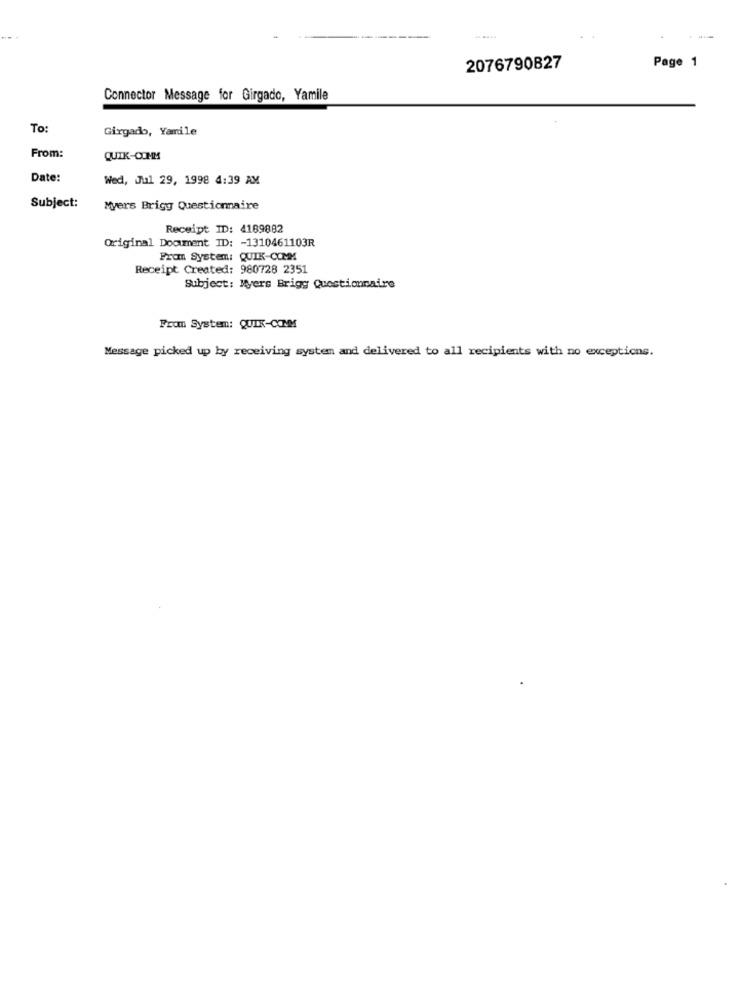
Page 1
2076790827
Connector Message for Girgado, Yamile
To:
Girgado, Yamile
From:
QUIK-COMM
Date:
Wed, Jul 29, 1998 4:39 AM
Subject:
Myers Brigg Questionnaire
Receipt ID: 4169882
Original Document ID: - 1310461103R
From System: QUIK-COMM
Receipt Created: 980728 2351
Subject: Myers Brigg Questionnaire
From System: QUIX-CONM
Message picked up by receiving system and delivered to all recipients with no exceptions.